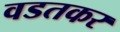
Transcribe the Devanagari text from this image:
वडतकर